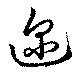
迩